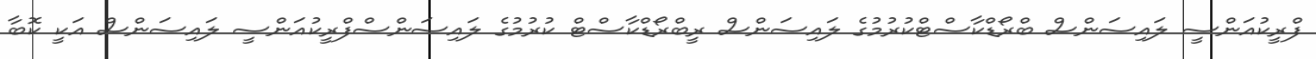
ފްރީކުއަންސީ ލައިސަންސް ބްރޯޑްކާސްޓްކުރުމުގެ ލައިސަންސް ރީބްރޯޑްކާސްޓް ކުރުމުގެ ލައިސަންސްފްރީކުއަންސީ ލައިސަންސް އަކީ ކޮބާ